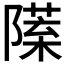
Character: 𨼙